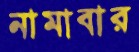
নামাবার